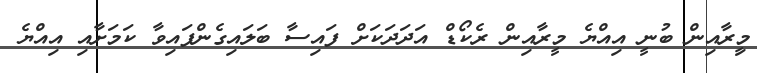
މިީރާއިން ބުނީ އިއްޔެ މީރާއިން ރެކޯޑް އަދަދަކަށް ފައިސާ ބަލައިގެންފައިވާ ކަމަށާއި އިއްޔެ